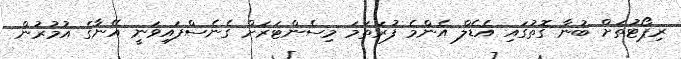
ރިޕޯޓުތަށް ބުނާ ގޮތުގައި އެޑެލް އެންމެ ފުރަތަމަ މިސެންޓަރަށް ގެނެސްފައިވަނީ އޭނާގެ އުމުރުން